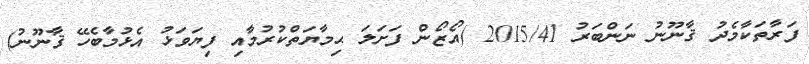
ފަރާތަކާމެދު ޤާނޫނު ނަންބަރު 2015/41 (އޯޒޯން ފަށަލަ ޙިމާޔަތްކުރުމާއި ފިޔަވަޅު އެޅުމާބެހޭ ޤާނޫނު)